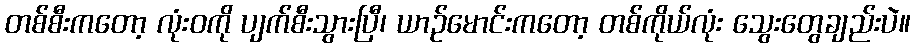
တစ်စီးကတော့ လုံးဝကို ပျက်စီးသွားပြီ၊ ယာဉ်မောင်းကတော့ တစ်ကိုယ်လုံး သွေးတွေချည်းပဲ။